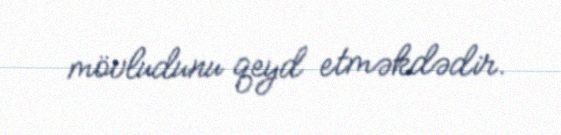
mövludunu qeyd etməkdədir.